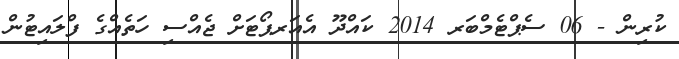
ކުރިން - 06 ސެޕްޓެމްބަރ 2014 ކައްދޫ އެއަރޕޯޓަށް ޖެއްސި ހަތެއްގެ ފްލައިޓުން